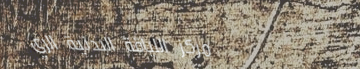
مركز اللياقة البدنية الري